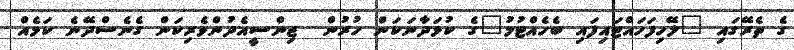
ގެ ތެރޭގައި "ލޭހިފަހައްޓައިފައި ބެހެއްޓުމު"ގެ ކުޅަދާނަކަން ހުރުން  ޖިންސީއެދުންވެރިކަން ގެނެސްދޭނެ ކަމެއް